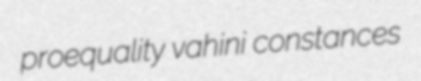
proequality vahini constances